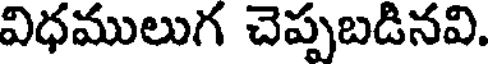
విధములుగ చెప్పబడినవి.